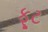
ફૂટ